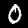
Label: 0